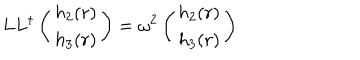
LaTeX: L L ^ { \dagger } \left( \begin{array} { c } { { h _ { 2 } ( r ) } } \\ { { h _ { 3 } ( r ) } } \\ \end{array} \right) = \omega ^ { 2 } \left( \begin{array} { c } { { h _ { 2 } ( r ) } } \\ { { h _ { 3 } ( r ) } } \\ \end{array} \right)